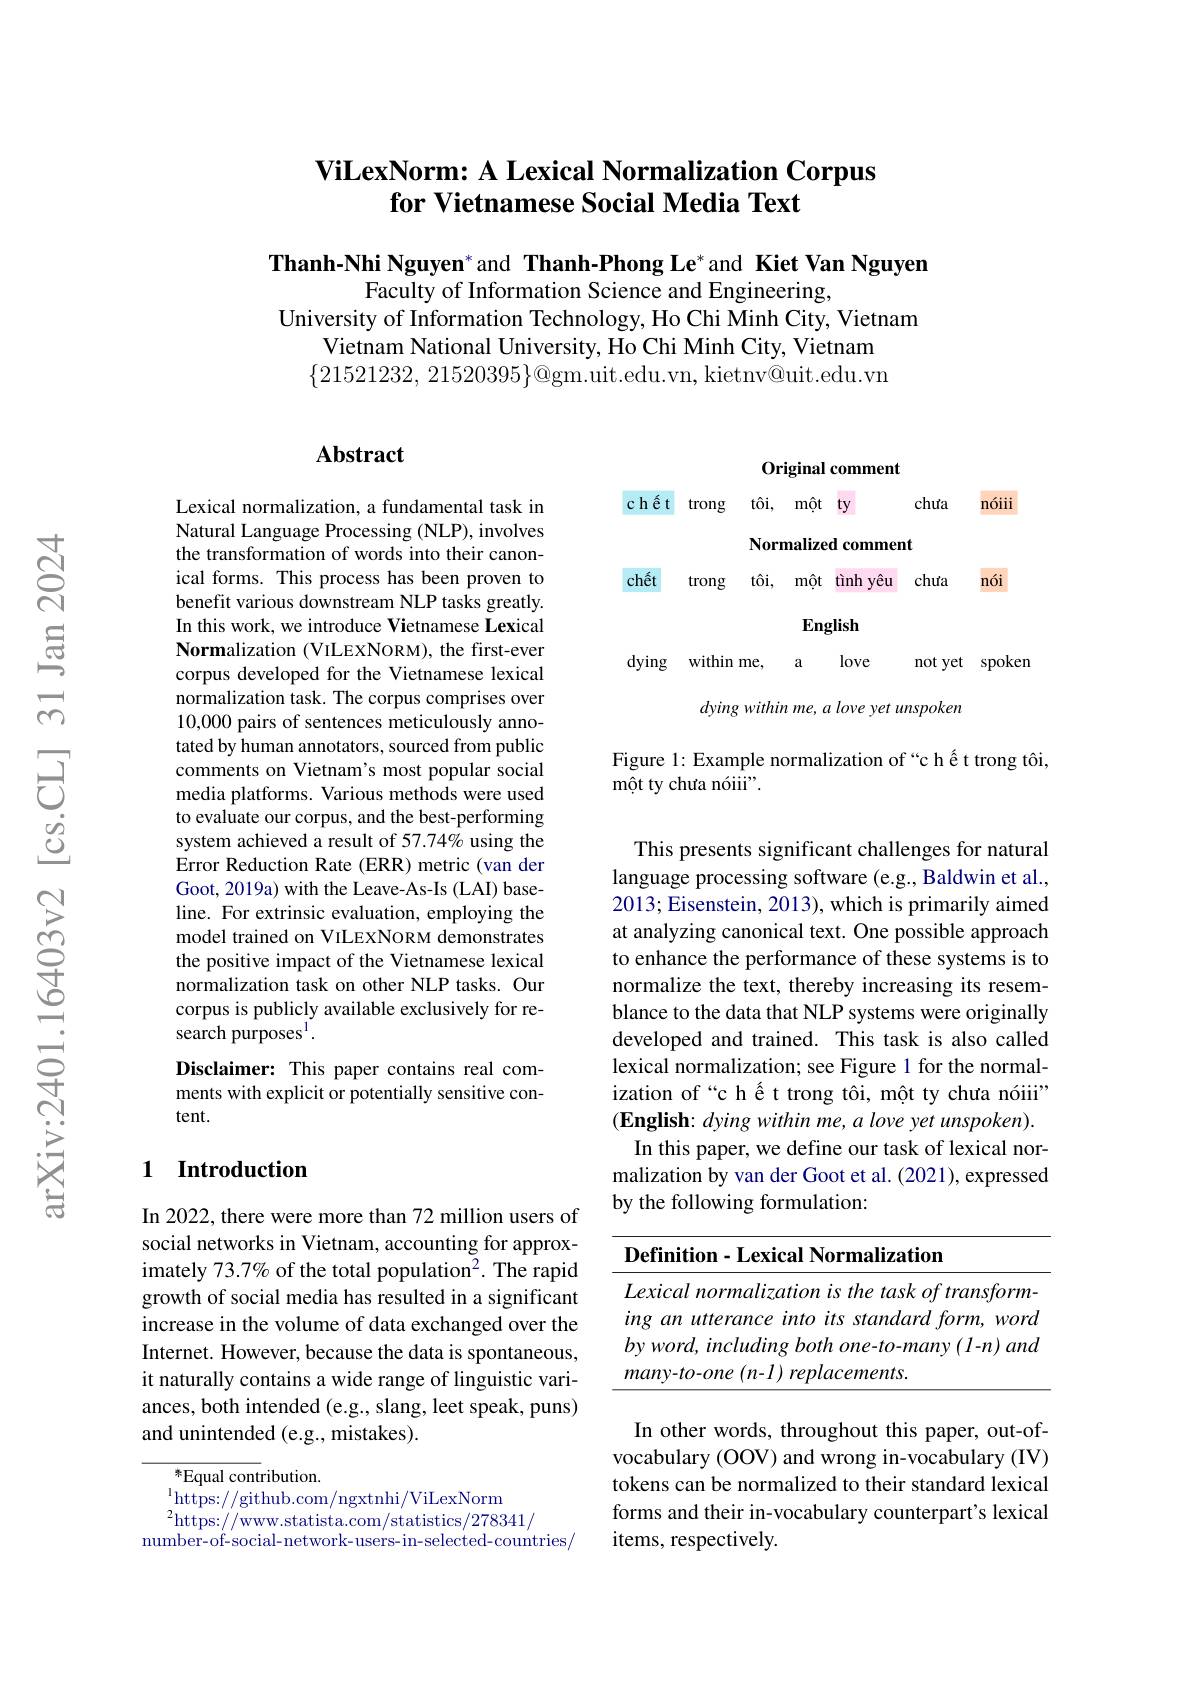
# $\textbf{ViLexNorm: A Lexical Normalization Corpus}$ for Vietnamese Social Media Text

Thanh-Nhi Nguyen*and Thanh-Phong Le*and Kiet Van Nguyen
Faculty of Information Science and Engineering,
University of Information Technology, Ho Chi Minh City, Vietnam
Vietnam National University, Ho Chi Minh City, Vietnam $\{21521232,21520395\}@$gm.uit.edu.vn, kietnv@uit.edu.vn

## Abstract

Lexical normalization, a fundamental task in Natural Language Processing (NLP), involves the transformation of words into their canonical forms. This process has been proven to benefit various downstream NLP tasks greatly. In this work, we introduce Vietnamese Lexical Normalization (VILEXNORM), the first-ever corpus developed for the Vietnamese lexical normalization task. The corpus comprises over 10,000 pairs of sentences meticulously annotated by human annotators, sourced from public comments on Vietnam's most popular social media platforms. Various methods were used to evaluate our corpus, and the best-performing system achieved a result of 57.74% using the Error Reduction Rate (ERR) metric (van der Goot, 2019a) with the Leave-As-Is (LAI) baseline. For extrinsic evaluation, employing the model trained on VILEXNORM demonstrates the positive impact of the Vietnamese lexical normalization task on other NLP tasks. Our corpus is publicly available exclusively for research purposes$^{1}.$
Disclaimer: This paper contains real com-

ments with explicit or potentially sensitive con-
tent.

## 1 Introduction

In 2022, there were more than 72 million users of social networks in Vietnam, accounting for approximately 73.7% of the total population$^2.$ The rapid growth of social media has resulted in a significant increase in the volume of data exchanged over the Internet. However, because the data is spontaneous, it naturally contains a wide range of linguistic variances, both intended (e.g., slang, leet speak, puns) and unintended (e.g., mistakes).

$^{*}$Equal contribution.
$^{1}$https://github.com/ngxtnhi/ViLexNorm
$^2$https://www.statista.com/statistics/278341/
number-of-social-network-users-in-selected-countries/

Original comment
chuta
nóiii
chêt trong tôi, mît ty
Normalized comment
chêt trong tôi, mîṭ tình yêu chuta
nói
English
dying within me, a
love
not yet spoken
dying within me, a love yet unspoken

Figure 1: Example normalization of “c h é t trong tôi,
môt ty chuta nóiii".

This presents significant challenges for natural language processing software (e.g., Baldwin et al., 2013; Eisenstein, 2013), which is primarily aimed at analyzing canonical text. One possible approach to enhance the performance of these systems is to normalize the text, thereby increasing its resemblance to the data that NLP systems were originally developed and trained. This task is also called lexical normalization; see Figure 1 for the normalization of“c h é t trong tôi, môt ty chu'a nóiii" $( \textbf{English: dying within me, a love yet unspoken) . }$ In this paper, we define our task of lexical normalization by van der Goot et al. (2021), expressed by the following formulation:

<table>
	<tbody>
		<tr>
			<th> </th>
			<th>${\mathrm{nition-Lexical~Normalization}}$</th>
		</tr>
		<tr>
			<td> </td>
			<td>$cal\textit{normalization is the task of transform}$</td>
		</tr>
		<tr>
			<td> </td>
			<td>an utterance into its standard form, worc</td>
		</tr>
		<tr>
			<td> </td>
			<td>$ord,includingbothone-to-many(l-n)and$</td>
		</tr>
		<tr>
			<td>A</td>
			<td>$e$ $( n- l)$ $replacements.$ $v-to-one$</td>
		</tr>
	</tbody>
</table>

In other words, throughout this paper, out-ofvocabulary (OOV) and wrong in-vocabulary (IV) tokens can be normalized to their standard lexical forms and their in-vocabulary counterpart's lexical items, respectively.